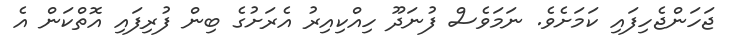
ޖަހަންޖެހިފައި ކަމަށެވެ. ނަމަވެސް ފުނަދޫ ހިއްކިއިރު އެރަށުގެ ބިން ފުރިފައި އޮތްކަން އެ